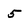
Character: 5